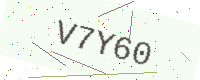
Text: V7Y60